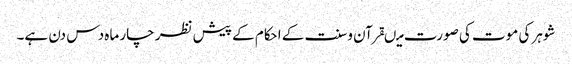
شوہر کی موت کی صورت میںقرآن وسنت کے احکام کے پیش نظر چار ماہ دس دن ہے۔